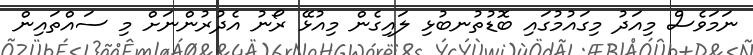
ނަމަވެސް މިއަދު މިގައުމުގައި ބޮޑުތުނބުޅި ލައިގެން މިއުޅޭ ރޯނު އެދުރުންނަށް މި ސައްތައިން